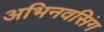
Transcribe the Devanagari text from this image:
अभिनवसिंग